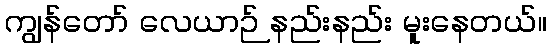
ကျွန်တော် လေယာဉ် နည်းနည်း မူးနေတယ်။